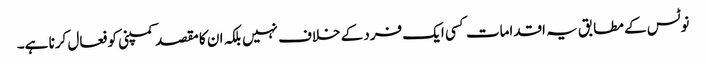
نوٹس کے مطابق یہ اقدامات کسی ایک فرد کے خلاف نہیں بلکہ ان کا مقصد کمپنی کو فعال کرنا ہے۔